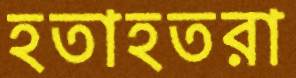
হতাহতরা